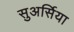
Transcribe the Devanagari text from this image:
सुअर्सिया